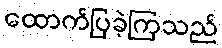
ထောက်ပြခဲ့ကြသည်